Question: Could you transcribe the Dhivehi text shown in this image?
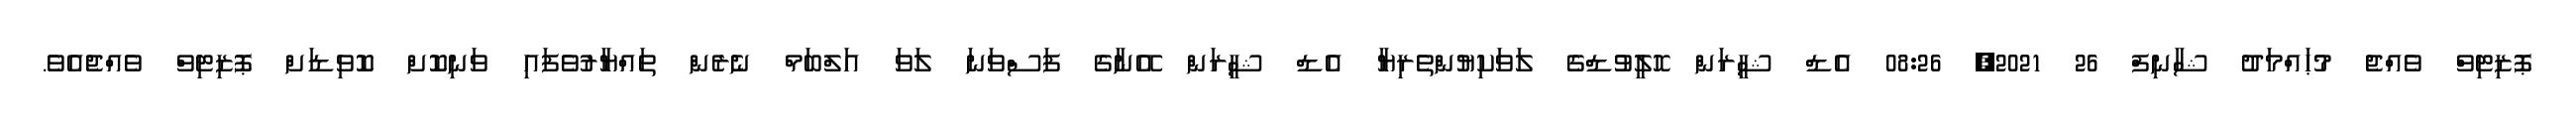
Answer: ޕޮޒިޓިވް ވެއްޖެ މުޙައްމަދު ޝާނިފް 26 2021, 08:26 އެޑް ޝީރަން ހޮލީވުޑްގެ ލަވަކިޔުންތެރިޔާ އެޑް ޝީރަން އޭނާގެ ފަސްވަނަ ލަވަ އަލްބަމް ނެރެން ތައްޔާރުވެފައި ވަނިކޮށް ކޮވިޑަށް ޕޮޒިޓިވް ވެއްޖެއެވެ.